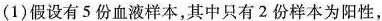
(1)假设有5份血液样本，其中只有2份样本为阳性，